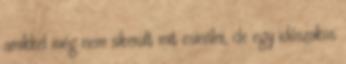
amikkel még nem sikerült mit csinálni, de egy időszakos